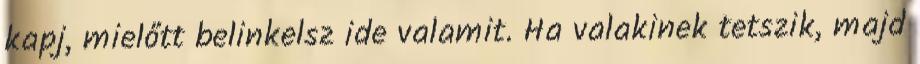
kapj, mielőtt belinkelsz ide valamit. Ha valakinek tetszik, majd